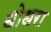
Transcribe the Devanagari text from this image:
धोधरा